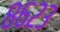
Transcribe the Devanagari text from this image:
८६२३